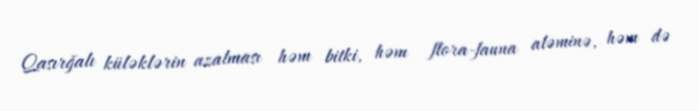
Qasırğalı küləklərin azalması həm bitki, həm flora-fauna aləminə, həm də